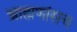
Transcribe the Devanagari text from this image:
ब्राह्मणांसच